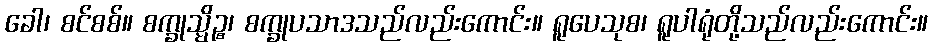
ခေါ၊ စင်စစ်။ စက္ခုသ္မိဉ္စ၊ စက္ခုပသာဒသည်လည်းကောင်း။ ရူပေသုစ၊ ရူပါရုံတို့သည်လည်းကောင်း။